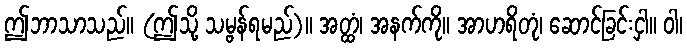
ဤဘာသာသည်။ (ဤသို့ သမ္ဗန်ရမည်)။ အတ္ထံ၊ အနက်ကို။ အာဟရိတုံ၊ ဆောင်ခြင်းငှါ။ ဝါ၊